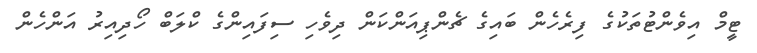
ޓީމް އިވެންޓުތަކުގެ ފިރެހެން ބައިގެ ޗެންޕިއަންކަން ދިވެހި ސިފައިންގެ ކްލަބް ހޯދިއިރު އަންހެން